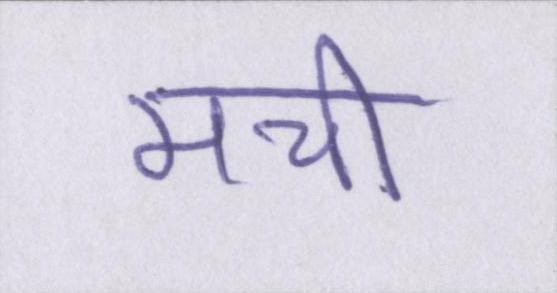
मची